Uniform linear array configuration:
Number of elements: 32
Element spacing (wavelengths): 0.75
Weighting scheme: hamming
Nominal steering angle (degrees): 0
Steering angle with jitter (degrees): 1.631
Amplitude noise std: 0.05
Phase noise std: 0.05

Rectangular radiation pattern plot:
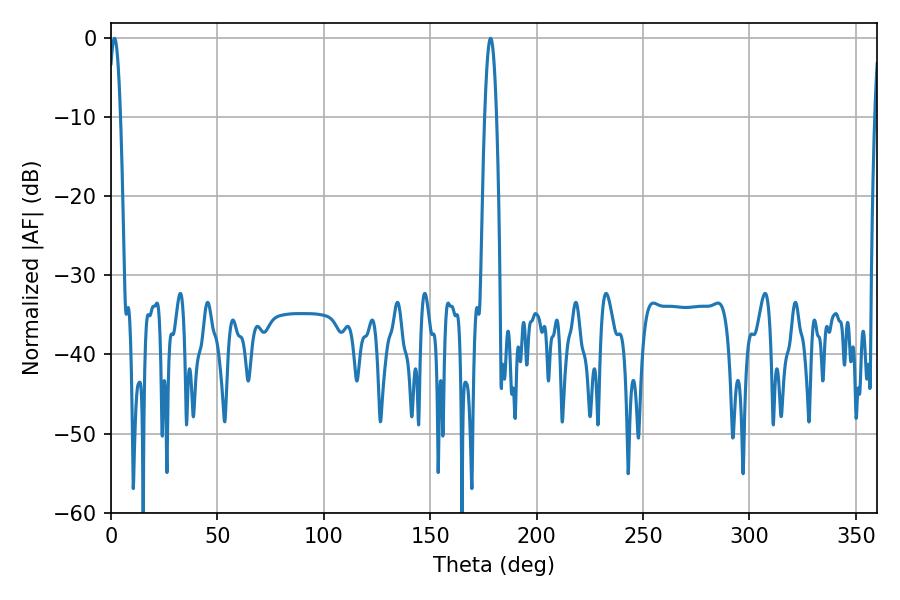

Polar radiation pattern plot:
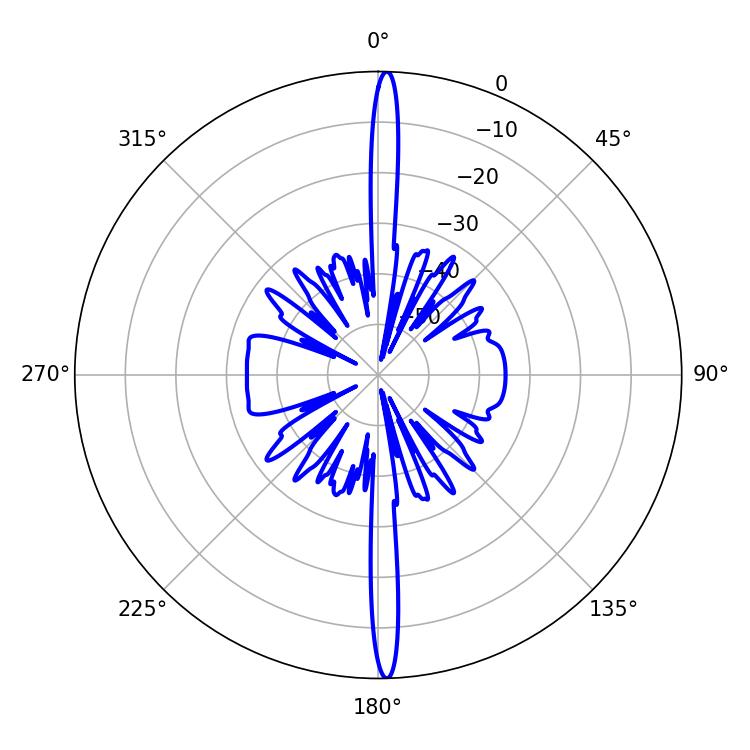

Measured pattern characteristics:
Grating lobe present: TRUE
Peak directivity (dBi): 27.833
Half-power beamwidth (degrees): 2.88
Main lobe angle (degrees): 1.62